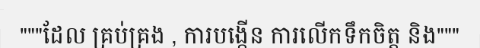
"""ដែល គ្រប់គ្រង , ការបង្កើន ការលើកទឹកចិត្ត និង"""